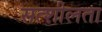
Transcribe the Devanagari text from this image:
सत्शीलता